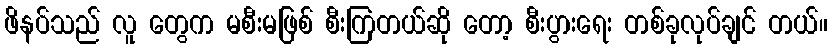
ဖိနပ်သည် လူ တွေက မစီးမဖြစ် စီးကြတယ်ဆို တော့ စီးပွားရေး တစ်ခုလုပ်ချင် တယ်။